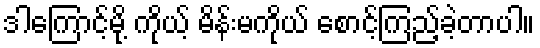
ဒါကြောင့်မို့ ကိုယ့် မိန်းမကိုယ် စောင့်ကြည့်ခဲ့တာပါ။